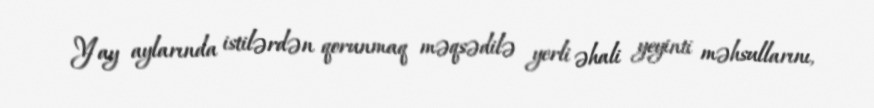
Yay aylarında istilərdən qorunmaq məqsədilə yerli əhali yeyinti məhsullarını,